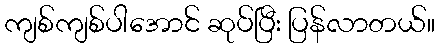
ကျစ်ကျစ်ပါအောင် ဆုပ်ပြီး ပြန်လာတယ်။